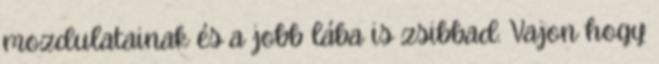
mozdulatainak és a jobb lába is zsibbad. Vajon hogy